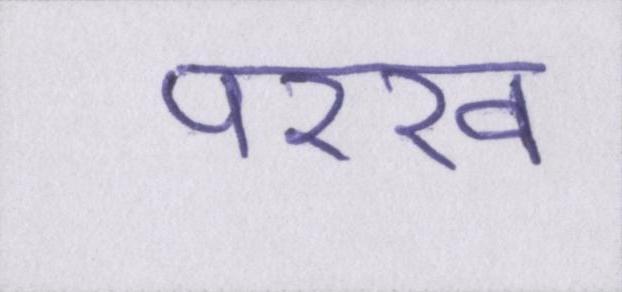
परख